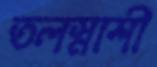
তলস্নাশী